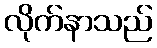
လိုက်နာသည်